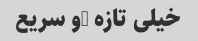
خیلی تازه …و سریع